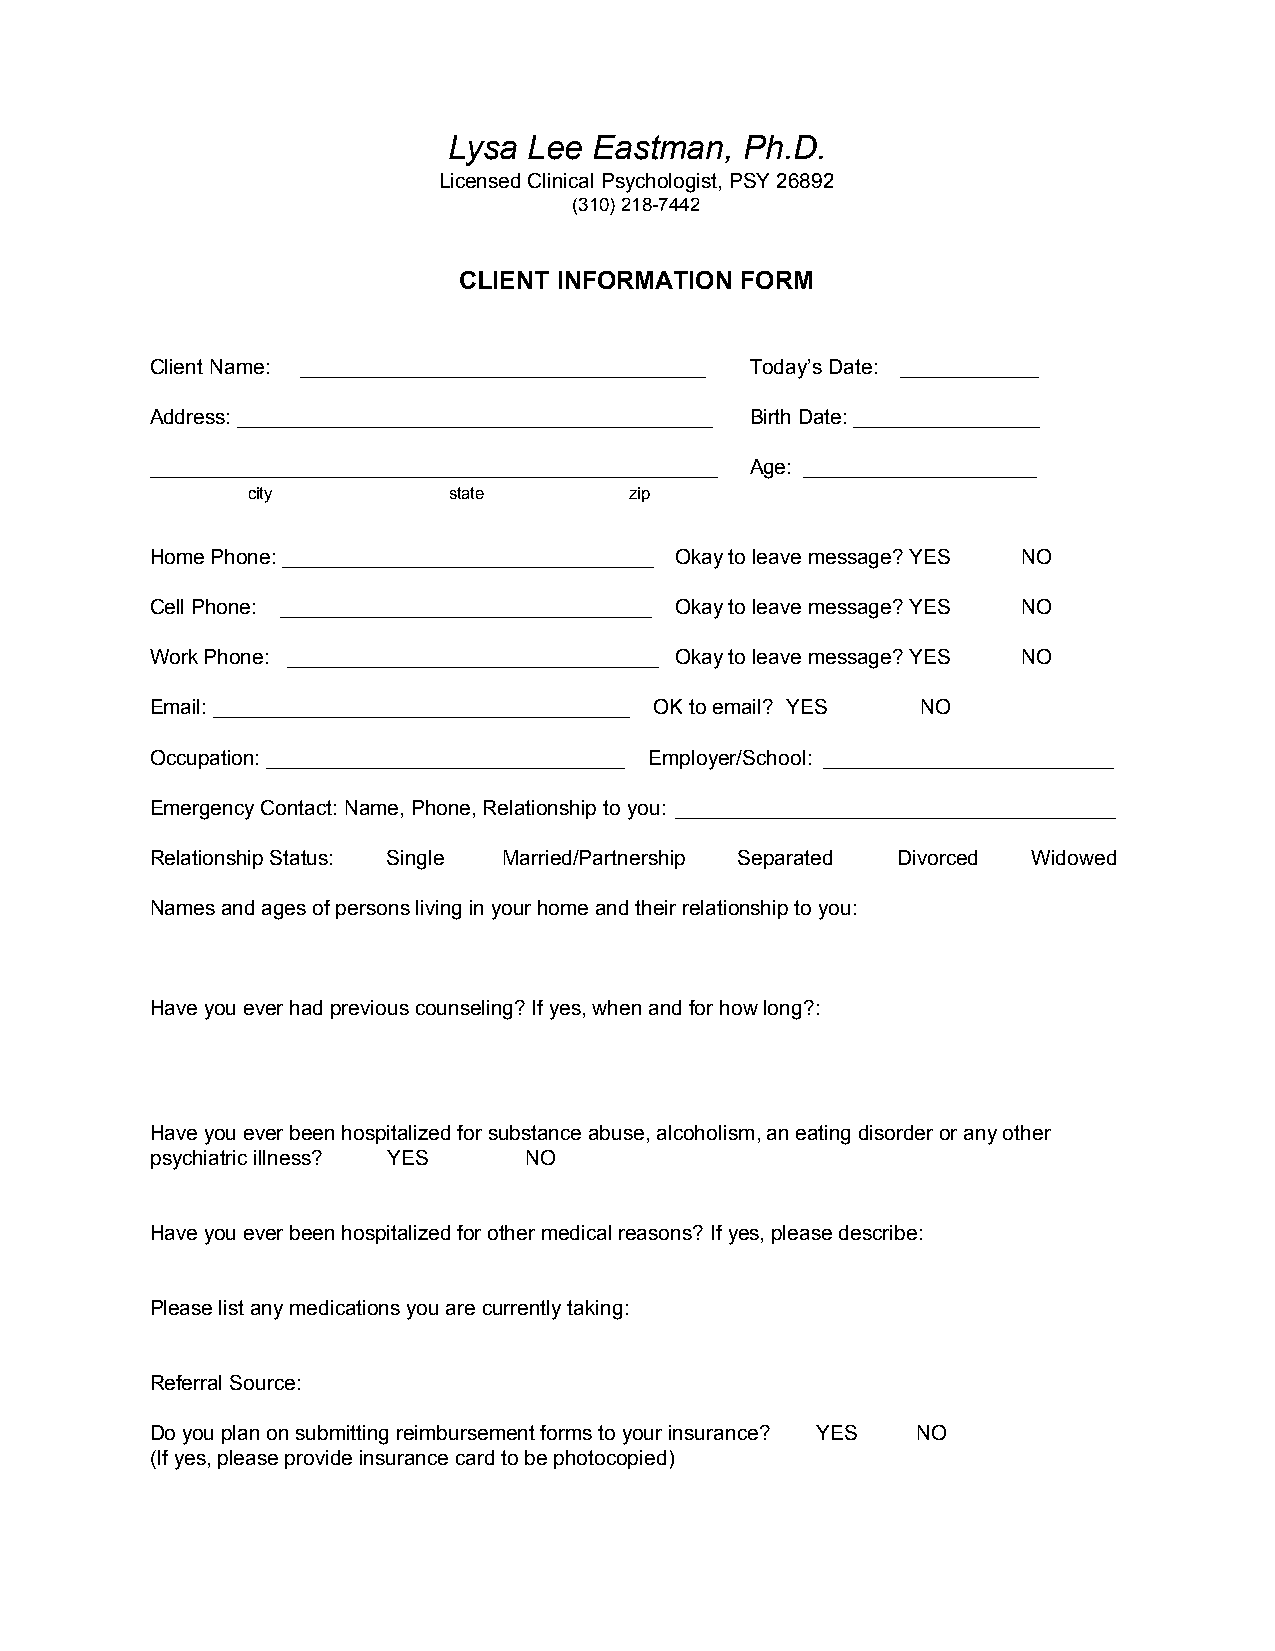
Lysa Lee Eastman,  Ph.D.
 Licensed Clinical Psychologist, PSY 26892
 (310) 218-7442
 CLIENT INFORMATION FORM
 Client Name: ___________________________________ Today’s Date: ____________
 Address: _________________________________________ Birth Date: ________________
 _________________________________________________ Age: ____________________
 city          state       zip
 ​
 Home Phone: ________________________________ Okay to leave message? YES NO
 Cell Phone: ________________________________ Okay to leave message? YES NO
 Work Phone: ________________________________ Okay to leave message? YES NO
 Email: ____________________________________ OK to email? YES NO
 Occupation: _______________________________ Employer/School: _________________________
 Emergency Contact: Name, Phone, Relationship to you: ______________________________________
 Relationship Status: Single Married/Partnership Separated Divorced Widowed
 Names and ages of persons living in your home and their relationship to you:
 Have you ever had previous counseling? If yes, when and for how long?:
 Have you ever been hospitalized for substance abuse, alcoholism, an eating disorder or any other
 psychiatric illness? YES NO
 Have you ever been hospitalized for other medical reasons? If yes, please describe:
 Please list any medications you are currently taking:
 Referral Source:
 Do you plan on submitting reimbursement forms to your insurance? YES NO
 (If yes, please provide insurance card to be photocopied)